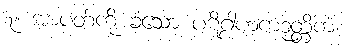
၇။ အာပတ်ကို ခံသော ပဋိဂ္ဂါဟကဉတ္တိကံ၊